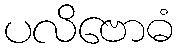
ပလိဗောဓံ